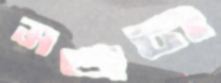
মঞ্জন